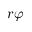
r \varphi